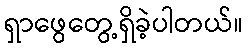
ရှာဖွေတွေ့ရှိခဲ့ပါတယ်။